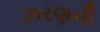
ઝરણની